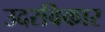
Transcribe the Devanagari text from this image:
उदरविकार